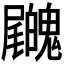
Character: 𡳺